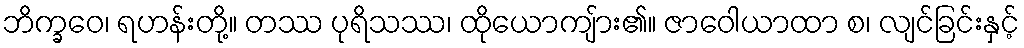
ဘိက္ခဝေ၊ ရဟန်းတို့။ တဿ ပုရိသဿ၊ ထိုယောကျ်ား၏။ ဇာဝေါယာထာ စ၊ လျင်ခြင်းနှင့်